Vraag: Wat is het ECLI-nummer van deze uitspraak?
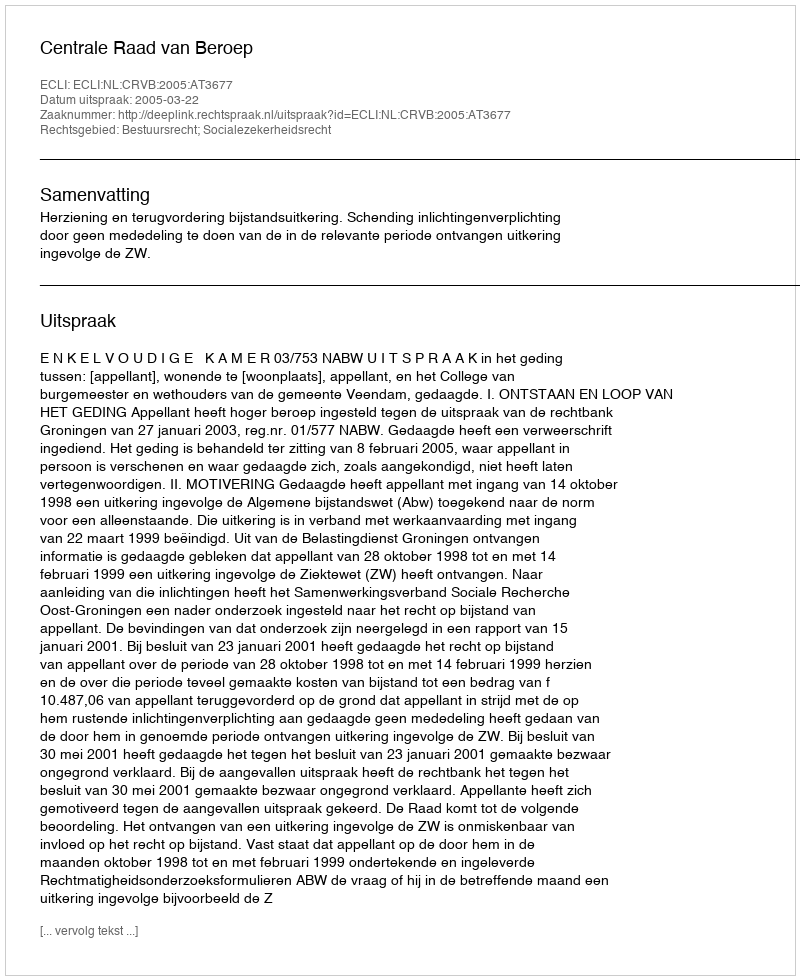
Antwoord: ECLI:NL:CRVB:2005:AT3677